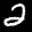
Label: 2